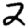
Digit: 2